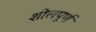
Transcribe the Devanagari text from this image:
शीलपूर्ण